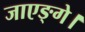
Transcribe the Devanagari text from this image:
जाएङ्गे।